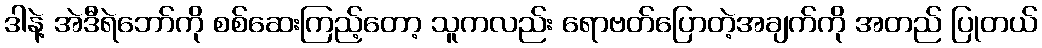
ဒါနဲ့ အဲဒီရဲဘော်ကို စစ်ဆေးကြည့်တော့ သူကလည်း ရောဗတ်ပြောတဲ့အချက်ကို အတည် ပြုတယ်